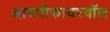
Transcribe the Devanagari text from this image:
आयपीफायरवॉल